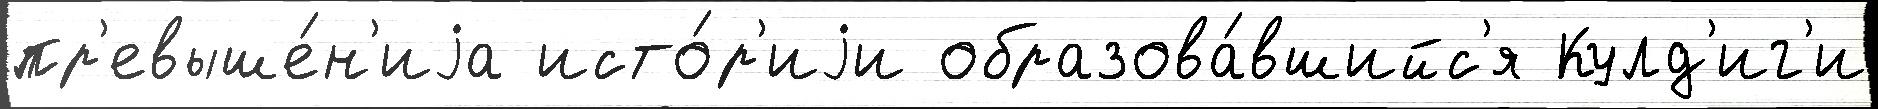
пр'евыше́н'иjа исто́р'иjи образова́вшийс'я Кулд'иг'и